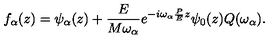
f _ { \alpha } ( z ) = \psi _ { \alpha } ( z ) + \frac E { M \omega _ { \alpha } } e ^ { - i \omega _ { \alpha } \frac P E z } \psi _ { 0 } ( z ) Q ( \omega _ { \alpha } ) .